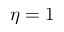
\eta = 1